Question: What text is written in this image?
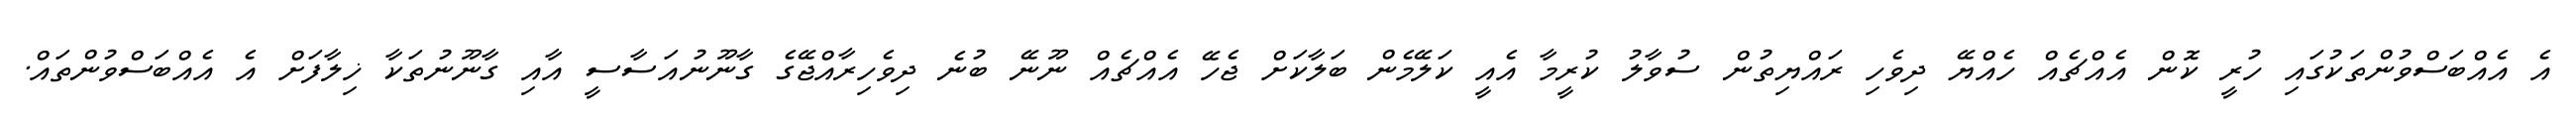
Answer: އެ އެއްބަސްވުންތަކުގައި ހުރީ ކޮން އެއްޗެއް ހެއްޔޭ ދިވެހި ރައްޔިތުން ސުވާލު ކުރީމާ އެއީ ކަލޭމެން ބަލާކަށް ޖެހޭ އެއްޗެއް ނޫނޭ ބުނެ ދިވެހިރާއްޖޭގެ ގާނޫނުއަސާސީ އާއި ގާނޫނުތަކާ ޚިލާފަށް އެ އެއްބަސްވުންތައް.